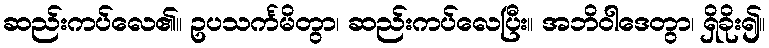
ဆည်းကပ်လေ၏။ ဥပသင်္ကမိတွာ၊ ဆည်းကပ်လေပြီး။ အဘိဝါဒေတွာ၊ ရှိခိုး၍။